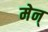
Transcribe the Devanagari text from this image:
मेन्